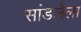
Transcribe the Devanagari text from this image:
सांडलेला